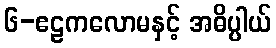
၆-ဧဠကလောမနှင့် အဓိပ္ပါယ်